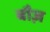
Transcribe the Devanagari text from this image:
बौज़